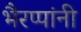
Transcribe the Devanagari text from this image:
भैरप्पांनी